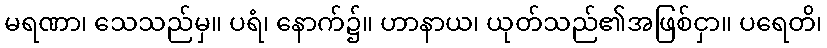
မရဏာ၊ သေသည်မှ။ ပရံ၊ နောက်၌။ ဟာနာယ၊ ယုတ်သည်၏အဖြစ်ငှာ။ ပရေတိ၊